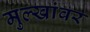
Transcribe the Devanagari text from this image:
मुल्खांवर